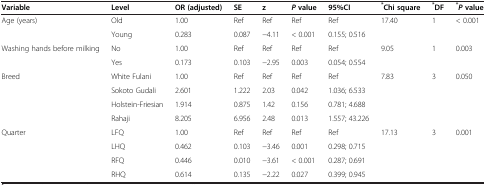
| Variable | Level | OR (adjusted) | SE | z | Pvalue | 95%CI | *Chi square | *DF | *Pvalue |
 | --- | --- | --- | --- | --- | --- | --- | --- | --- | --- |
 | Age (years) | Old | 1.00 | Ref | Ref | Ref | Ref | 17.40 | 1 | < 0.001 |
 |  | Young | 0.283 | 0.087 | −4.11 | < 0.001 | 0.155; 0.516 |  |  |  |
 | Washing hands before milking | No | 1.00 | Ref | Ref | Ref | Ref | 9.05 | 1 | 0.003 |
 |  | Yes | 0.173 | 0.103 | −2.95 | 0.003 | 0.054; 0.554 |  |  |  |
 | Breed | White Fulani | 1.00 | Ref | Ref | Ref | Ref | 7.83 | 3 | 0.050 |
 |  | Sokoto Gudali | 2.601 | 1.222 | 2.03 | 0.042 | 1.036; 6.533 |  |  |  |
 |  | Holstein-Friesian | 1.914 | 0.875 | 1.42 | 0.156 | 0.781; 4.688 |  |  |  |
 |  | Rahaji | 8.205 | 6.956 | 2.48 | 0.013 | 1.557; 43.226 |  |  |  |
 | Quarter | LFQ | 1.00 | Ref | Ref | Ref | Ref | 17.13 | 3 | 0.001 |
 |  | LHQ | 0.462 | 0.103 | −3.46 | 0.001 | 0.298; 0.715 |  |  |  |
 |  | RFQ | 0.446 | 0.010 | −3.61 | < 0.001 | 0.287; 0.691 |  |  |  |
 |  | RHQ | 0.614 | 0.135 | −2.22 | 0.027 | 0.399; 0.945 |  |  |  |